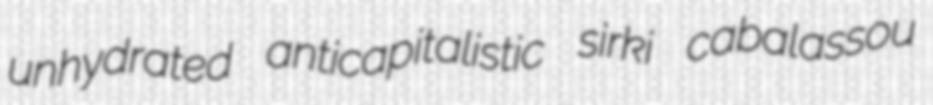
unhydrated anticapitalistic sirki cabalassou